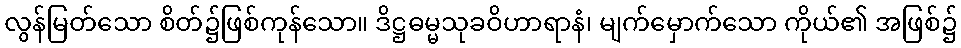
လွန်မြတ်သော စိတ်၌ဖြစ်ကုန်သော။ ဒိဋ္ဌဓမ္မသုခဝိဟာရာနံ၊ မျက်မှောက်သော ကိုယ်၏ အဖြစ်၌